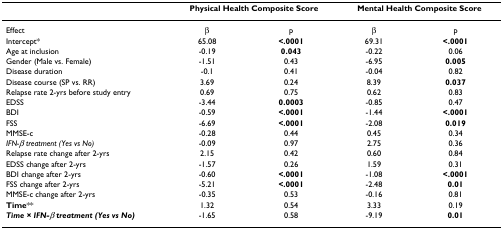
<table><thead><tr><td></td><td colspan="2"><b>Physical Health Composite Score</b></td><td colspan="2"><b>Mental Health Composite Score</b></td></tr></thead><tbody><tr><td>Effect</td><td>β</td><td>p</td><td>β</td><td>p</td></tr><tr><td>Intercept*</td><td>65.08</td><td><b>&lt;.0001</b></td><td>69.31</td><td><b>&lt;.0001</b></td></tr><tr><td>Age at inclusion</td><td>-0.19</td><td><b>0.043</b></td><td>-0.22</td><td>0.06</td></tr><tr><td>Gender (Male vs. Female)</td><td>-1.51</td><td>0.43</td><td>-6.95</td><td><b>0.005</b></td></tr><tr><td>Disease duration</td><td>-0.1</td><td>0.41</td><td>-0.04</td><td>0.82</td></tr><tr><td>Disease course (SP vs. RR)</td><td>3.69</td><td>0.24</td><td>8.39</td><td><b>0.037</b></td></tr><tr><td>Relapse rate 2-yrs before study entry</td><td>0.69</td><td>0.75</td><td>0.62</td><td>0.83</td></tr><tr><td>EDSS</td><td>-3.44</td><td><b>0.0003</b></td><td>-0.85</td><td>0.47</td></tr><tr><td>BDI</td><td>-0.59</td><td><b>&lt;.0001</b></td><td>-1.44</td><td><b>&lt;.0001</b></td></tr><tr><td>FSS</td><td>-6.69</td><td><b>&lt;.0001</b></td><td>-2.08</td><td><b>0.019</b></td></tr><tr><td>MMSE-c</td><td>-0.28</td><td>0.44</td><td>0.45</td><td>0.34</td></tr><tr><td><i>IFN-β treatment (Yes vs No)</i></td><td>-0.09</td><td>0.97</td><td>2.75</td><td>0.36</td></tr><tr><td>Relapse rate change after 2-yrs</td><td>2.15</td><td>0.42</td><td>0.60</td><td>0.84</td></tr><tr><td>EDSS change after 2-yrs</td><td>-1.57</td><td>0.26</td><td>1.59</td><td>0.31</td></tr><tr><td>BDI change after 2-yrs</td><td>-0.60</td><td><b>&lt;.0001</b></td><td>-1.08</td><td><b>&lt;.0001</b></td></tr><tr><td>FSS change after 2-yrs</td><td>-5.21</td><td><b>&lt;.0001</b></td><td>-2.48</td><td><b>0.01</b></td></tr><tr><td>MMSE-c change after 2-yrs</td><td>-0.35</td><td>0.53</td><td>-0.16</td><td>0.81</td></tr><tr><td><b>Time</b>**</td><td>1.32</td><td>0.54</td><td>3.33</td><td>0.19</td></tr><tr><td><b><i>Time × IFN-β treatment (Yes vs No)</i></b></td><td>-1.65</td><td>0.58</td><td>-9.19</td><td><b>0.01</b></td></tr></tbody></table>